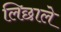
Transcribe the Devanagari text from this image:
लिछाले